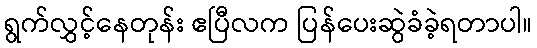
ရွက်လွှင့်နေတုန်း ဧပြီလက ပြန်ပေးဆွဲခံခဲ့ရတာပါ။